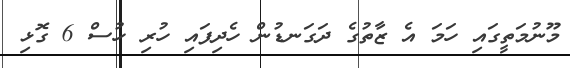
މޫނުމަތީގައި ހަމަ އެ ޒާތުގެ ދަގަނޑުން ހެދިފައި ހުރި ހުސް 6 ގޮޅި